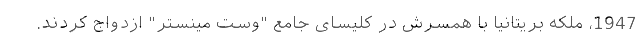
1947، ملکه بریتانیا با همسرش در کلیسای جامع "وست مینستر" ازدواج کردند.